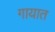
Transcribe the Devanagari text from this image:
गायात